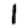
Digit: 1